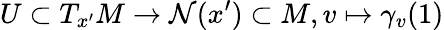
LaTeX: U\subset T_{x^{\prime}}M\rightarrow\mathcal{N}(x^{\prime})\subset M,v\mapsto\gamma_{v}(1)